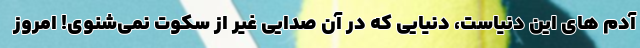
آدم های این دنیاست، دنیایی که در آن صدایی غیر از سکوت نمی‌شنوی! امروز